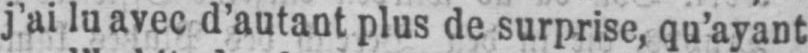
j’ai lu avec d’autant plus de surprise, qu’ayant